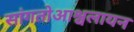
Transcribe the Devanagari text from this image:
सांगतोआश्वलायन